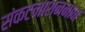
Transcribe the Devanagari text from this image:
संकटनाशननाम